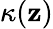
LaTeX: \kappa(\mathbf{z})